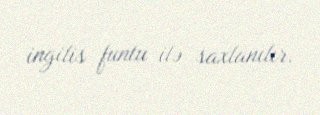
ingilis funtu ilə saxlanılır.